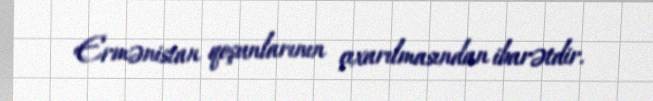
Ermənistan qoşunlarının çıxarılmasından ibarətdir.